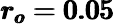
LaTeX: \pmb{r_{o}=0.05}